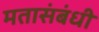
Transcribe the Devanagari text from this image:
मतासंबंधी